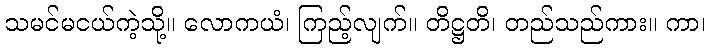
သမင်မငယ်ကဲ့သို့။ လောကယံ၊ ကြည့်လျက်။ တိဋ္ဌတိ၊ တည်သည်ကား။ ကာ၊